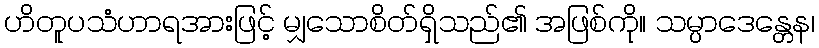
ဟိတူပသံဟာရအားဖြင့် မျှသောစိတ်ရှိသည်၏ အဖြစ်ကို။ သမ္ပာဒေန္တေန၊